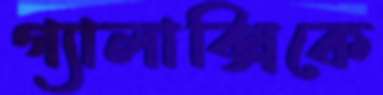
গ্যালাক্সিকে